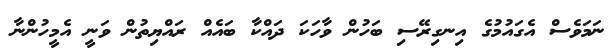
ނަމަވެސް އެގައުމުގެ އިނގިރޭސި ބަހުން ވާހަކަ ދައްކާ ބައެއް ރައްޔިތުން ވަނީ އެމީހުންނާ